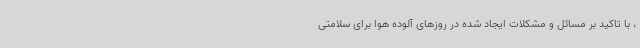
، با تاکید بر مسائل و مشکلات ایجاد شده در روزهای آلوده هوا برای سلامتی